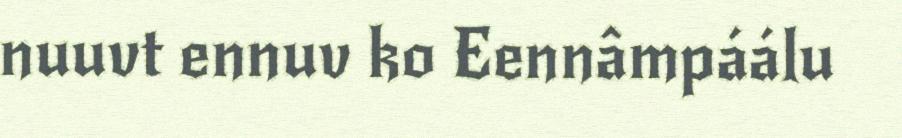
nuuvt ennuv ko Eennâmpáálu